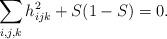
LaTeX: \begin{align*}\sum_{i,j,k}h_{ijk}^2+S(1-S)=0.\end{align*}